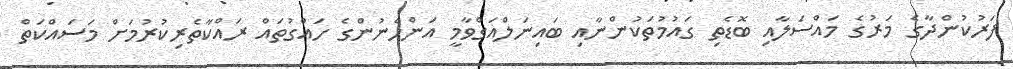
ފަރުކުންދާގެ މަރުގެ މައްސަލާއި ބޮޑެތި ގައުމުތަކުންނާއި ބައިނަލްއަގްވާމީ އަންހެނުންގެ ހައްގުތައް ރައްކާތެރިކުރުމަށް މަސައްކަތް